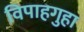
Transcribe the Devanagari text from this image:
विपाहगुहा